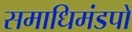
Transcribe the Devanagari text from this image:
समाधिमंडपों